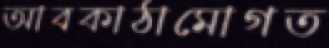
আবকাঠামোগত